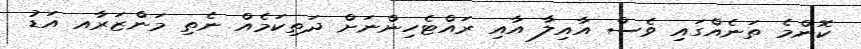
ކޮންމެ ތަނެއްގައި ވެސް އާއިލާ އާއި ރައްޓެހިންނަށް ދަތިކަމެއް ނެތި މަންޒަރާއ އަޑު